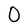
Character: O